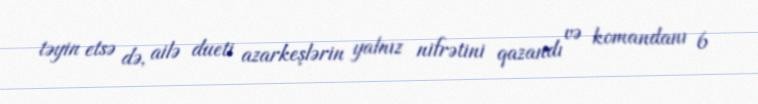
təyin etsə də, ailə dueti azarkeşlərin yalnız nifrətini qazandı və komandanı 6